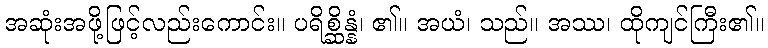
အဆုံးအဖို့ဖြင့်လည်းကောင်း။ ပရိစ္ဆိန္နံ၊ ၏။ အယံ၊ သည်။ အဿ၊ ထိုကျင်ကြီး၏။